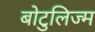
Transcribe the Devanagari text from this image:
बोटुलिज्म